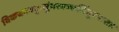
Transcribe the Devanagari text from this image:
विकचनवकुसुंभस्वच्छसिंदूरभासाः